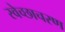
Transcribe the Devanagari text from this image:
स्वेच्छाचरण